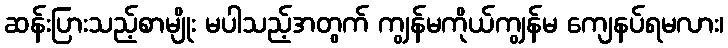
ဆန်းပြားသည့်စာမျိုး မပါသည့်အတွက် ကျွန်မကိုယ်ကျွန်မ ကျေနပ်ရမလား၊